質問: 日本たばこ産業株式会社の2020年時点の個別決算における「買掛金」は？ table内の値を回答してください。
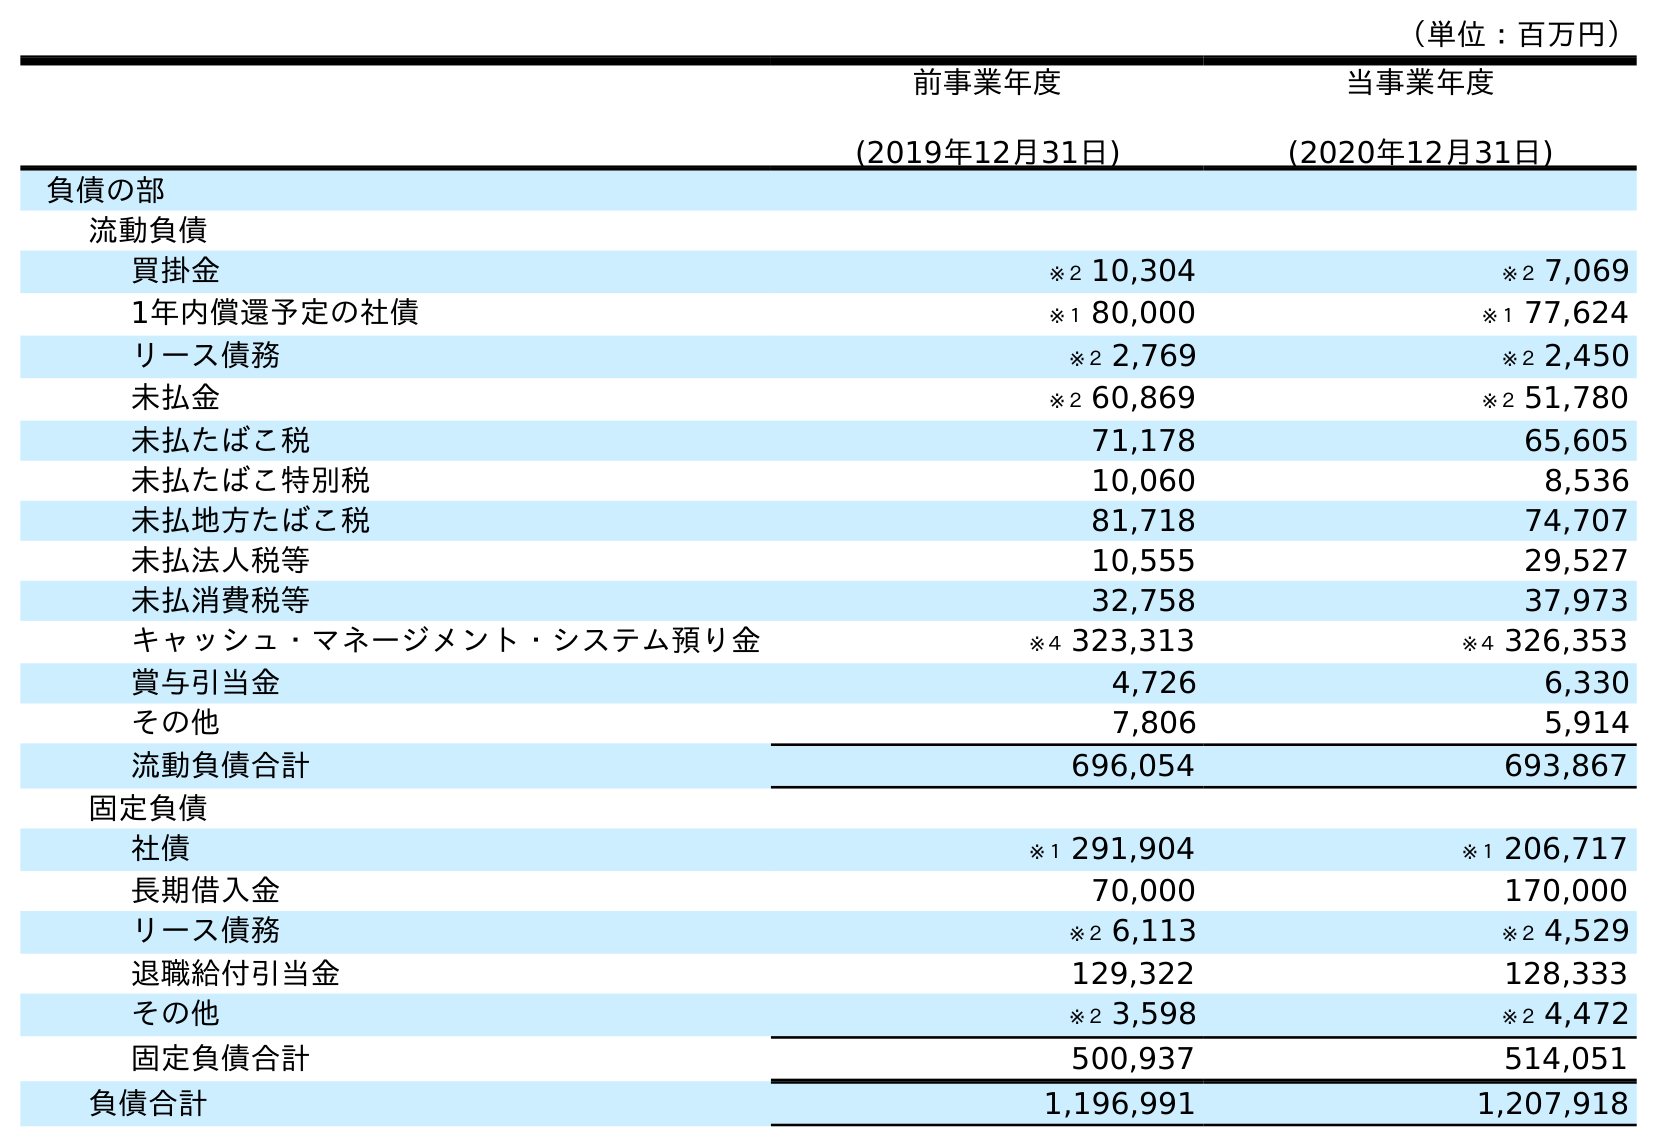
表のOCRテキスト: （単位：百万円） 前事業年度 (2019年12月31日) 当事業年度 (2020年12月31日) 負債の部 流動負債 買掛金 ※２ 10,304 ※２ 7,069 1年内償還予定の社債 ※１ 80,000 ※１ 77,624 リース債務 ※２ 2,769 ※２ 2,450 未払金 ※２ 60,869 ※２ 51,780 未払たばこ税 71,178 65,605 未払たばこ特別税 10,060 8,536 未払地方たばこ税 81,718 74,707 未払法人税等 10,555 29,527 未払消費税等 32,758 37,973 キャッシュ・マネージメント・システム預り金 ※４ 323,313 ※４ 326,353 賞与引当金 4,726 6,330 その他 7,806 5,914 流動負債合計 696,054 693,867 固定負債 社債 ※１ 291,904 ※１ 206,717 長期借入金 70,000 170,000 リース債務 ※２ 6,113 ※２ 4,529 退職給付引当金 129,322 128,333 その他 ※２ 3,598 ※２ 4,472 固定負債合計 500,937 514,051 負債合計 1,196,991 1,207,918
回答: ※２7,069